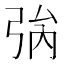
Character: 𢏟